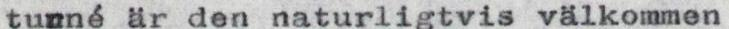
turné är den naturligtvis välkommen